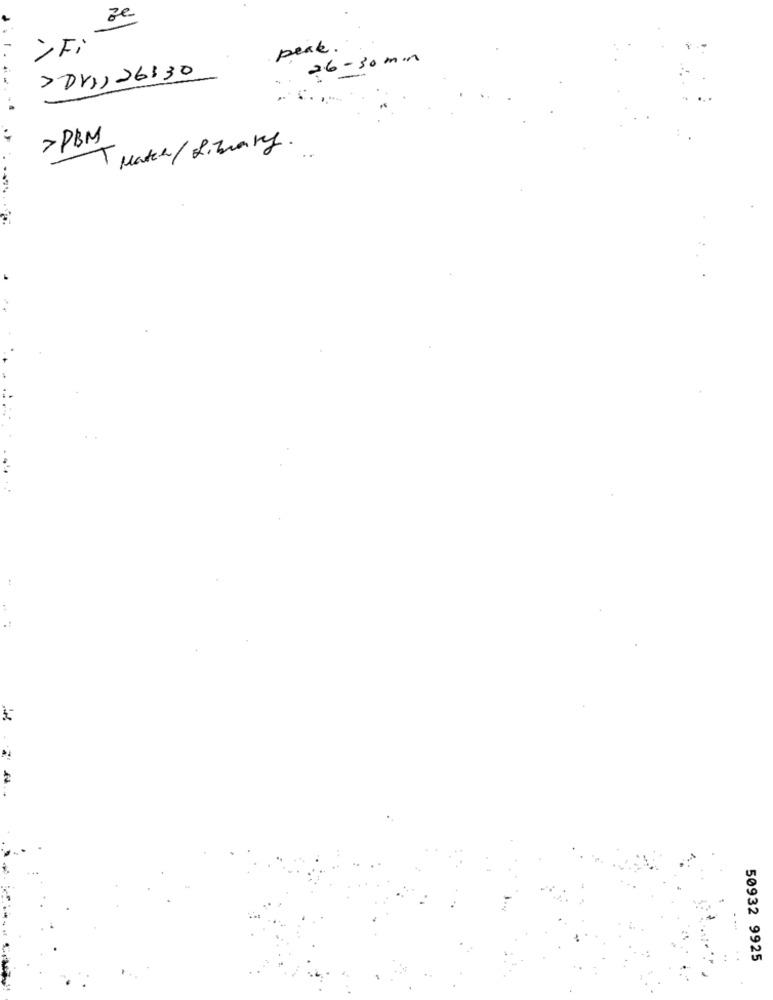
ze
>Fi
peak .
26-30 min
>Dri, 26:30
>PBM
Match/ Library.
50932 9925